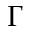
\Gamma